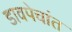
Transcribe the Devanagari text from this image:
डावपेचांत